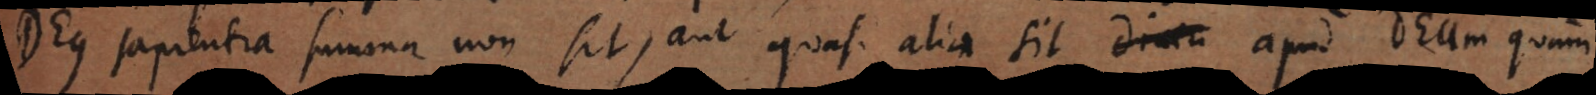
Deus sapientia summa non sit, aut quasi alia sit divin apud Deum quam